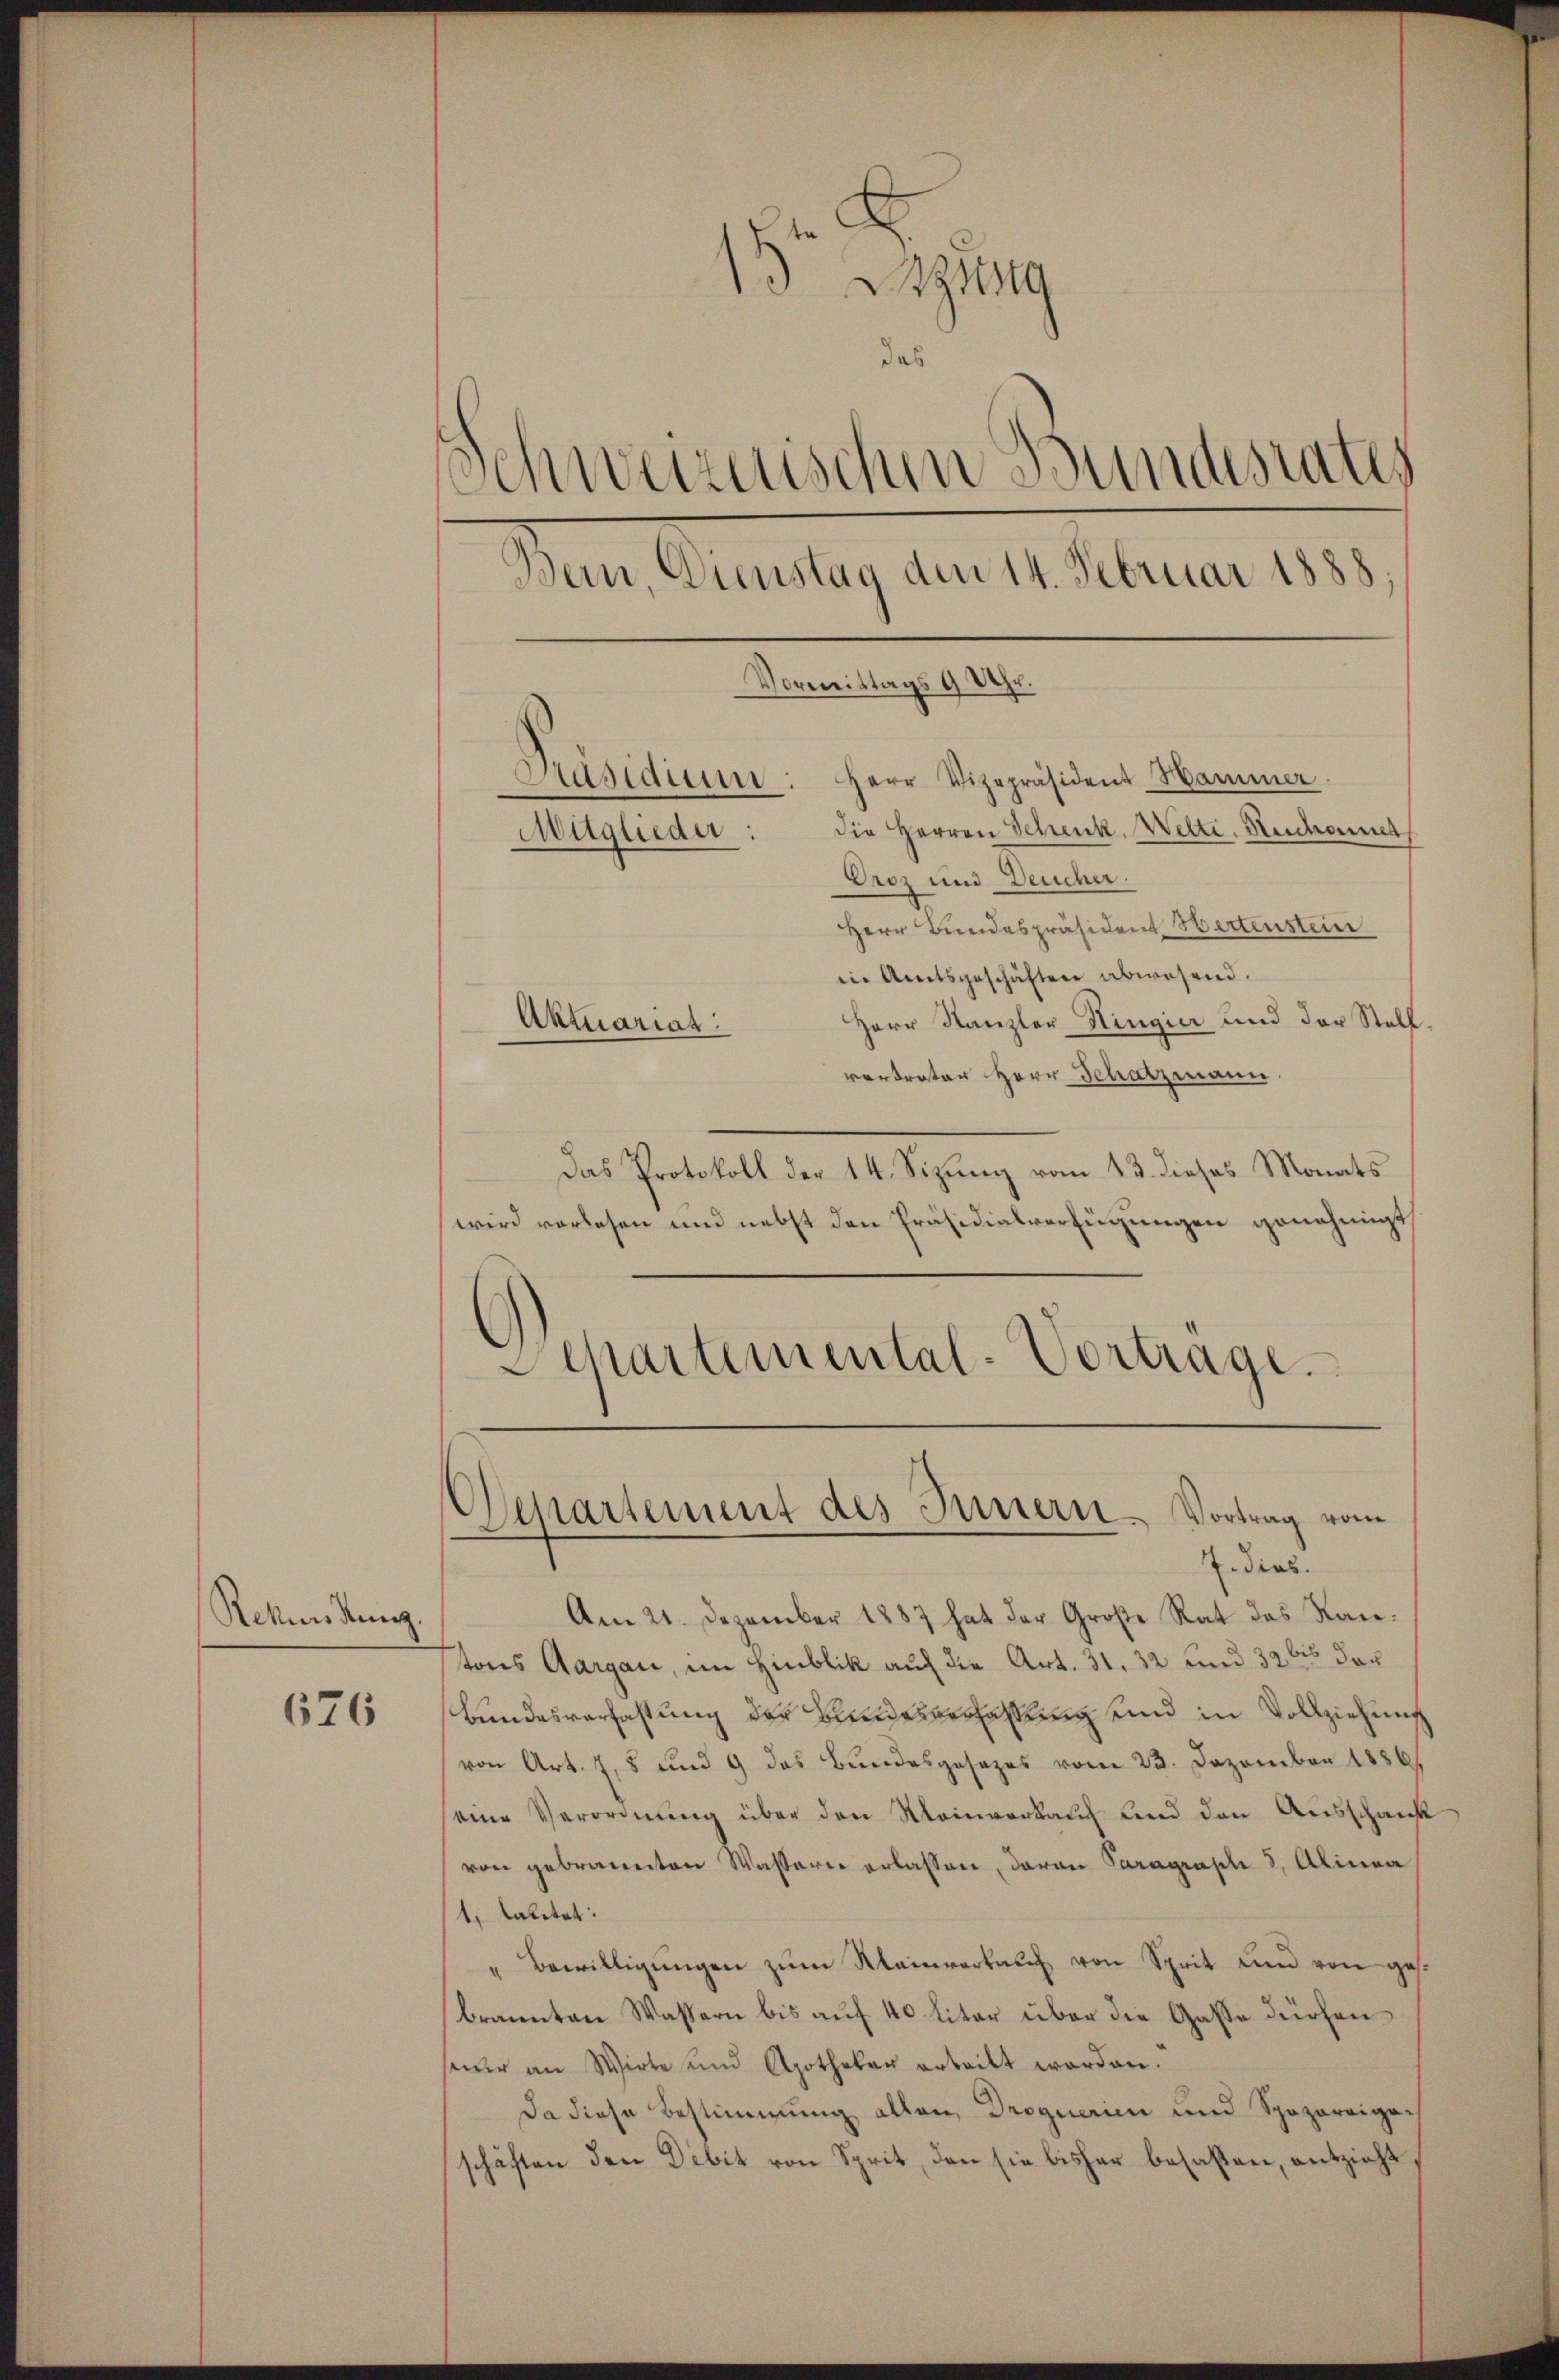
Rekurs hung

676

13 Bezug
das
Schweizerischen Bundesrates
Bern, Dienstag den 14. Februar 1888,
Vormittags 9 Uhr.
Präsidium: Herr Vizepräsident Hammer.
die Herren Schenk. Welti. Rechanneh
Maglieder
Oroz und Deucher.

Herr Bundespräsident Hertenstein
in Amtsgeschäften abwesend.
Herr Kanzler Hingier und der Stell.
vertreter Herr Schatzmann
Das Protokoll der 14. Sizung vom 13. dieses Monats
wird verlesen und nebst den Präsidialverfügungen genehmigt
Departement des Innern. Vortrag vom
A. dies.
Am 21. Dezember 1887 hat der Große Rat des Kan-
tons Aargau, im Hinblik auf die Art. 31. 32 und 32 bis das
Bundesverfassung der Bundesverhaltung und in Vollziehung
von Art. 2, 5 und 9 das Bundesgesezes vom 23. Dezember 1886/
eine Verordnung über den Meinverkauf und den Ausschank
von gebrannten Wasserer erlassen, daran Paragraphe 3, Alinea
1, Caletat:
"Bewilligŭngen zŭm Mainverkaŭf von Sprit und von ges.
brannten Wassern bis auf 40 liter über die Gasse dürfen
seer an Wirte und Apotheker erteilt worden.
Da diese Bestimmung allen Droguerien und Spazareigen
schäften den Debit von Sprit, den sie bisher besaßen, entzieht

Aktuariat.

Aepartemental-Vortrage.